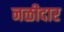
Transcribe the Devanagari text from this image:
नळीदार